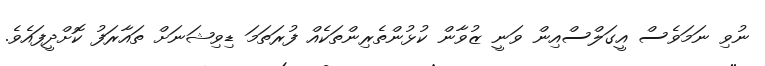
ނުވި ނަމަވެސް އީގަލްސްއިން ވަނީ ޒުވާން ކުޅުންތެރިންތަކެއް ފުރަތަމަ ޑިވިޝަނަށް ތައާރަފު ކޮށްދީފައެވެ.